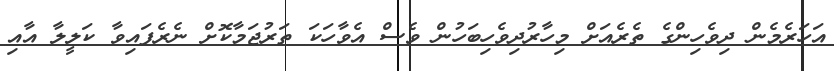
އަހަރެމެން ދިވެހިންގެ ތެރެއަށް މިހާރުދިވެހިބަހުން ވެސް އެވާހަކަ ތަރުޖަމާކޮށް ނެރެފައިވާ ކަލީލާ އާއި